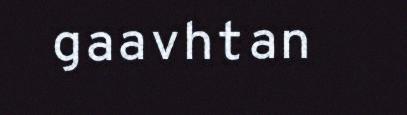
gaavhtan